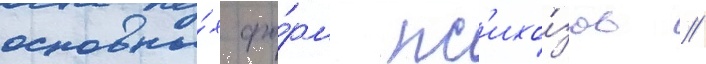
основны́х фо́рм пс'ихо́зов //